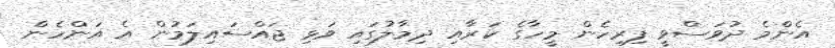
އެންމެ ދުވަސްވީ ފިރިހެން މީހާގެ ކަރާއި ދިމާލުގައި ވަޅި ޖައްސައިލަމުން އެ އަންހެން